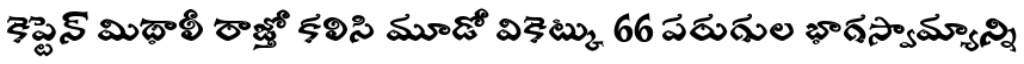
కెప్టెన్ మిథాలీ రాజ్తో కలిసి మూడో వికెట్కు 66 పరుగుల భాగస్వామ్యాన్ని